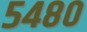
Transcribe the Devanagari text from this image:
५४८०